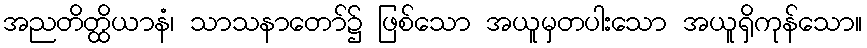
အညတိတ္ထိယာနံ၊ သာသနာတော်၌ ဖြစ်သော အယူမှတပါးသော အယူရှိကုန်သော။